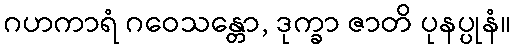
ဂဟကာရံ ဂဝေသန္တော, ဒုက္ခာ ဇာတိ ပုနပ္ပုနံ။